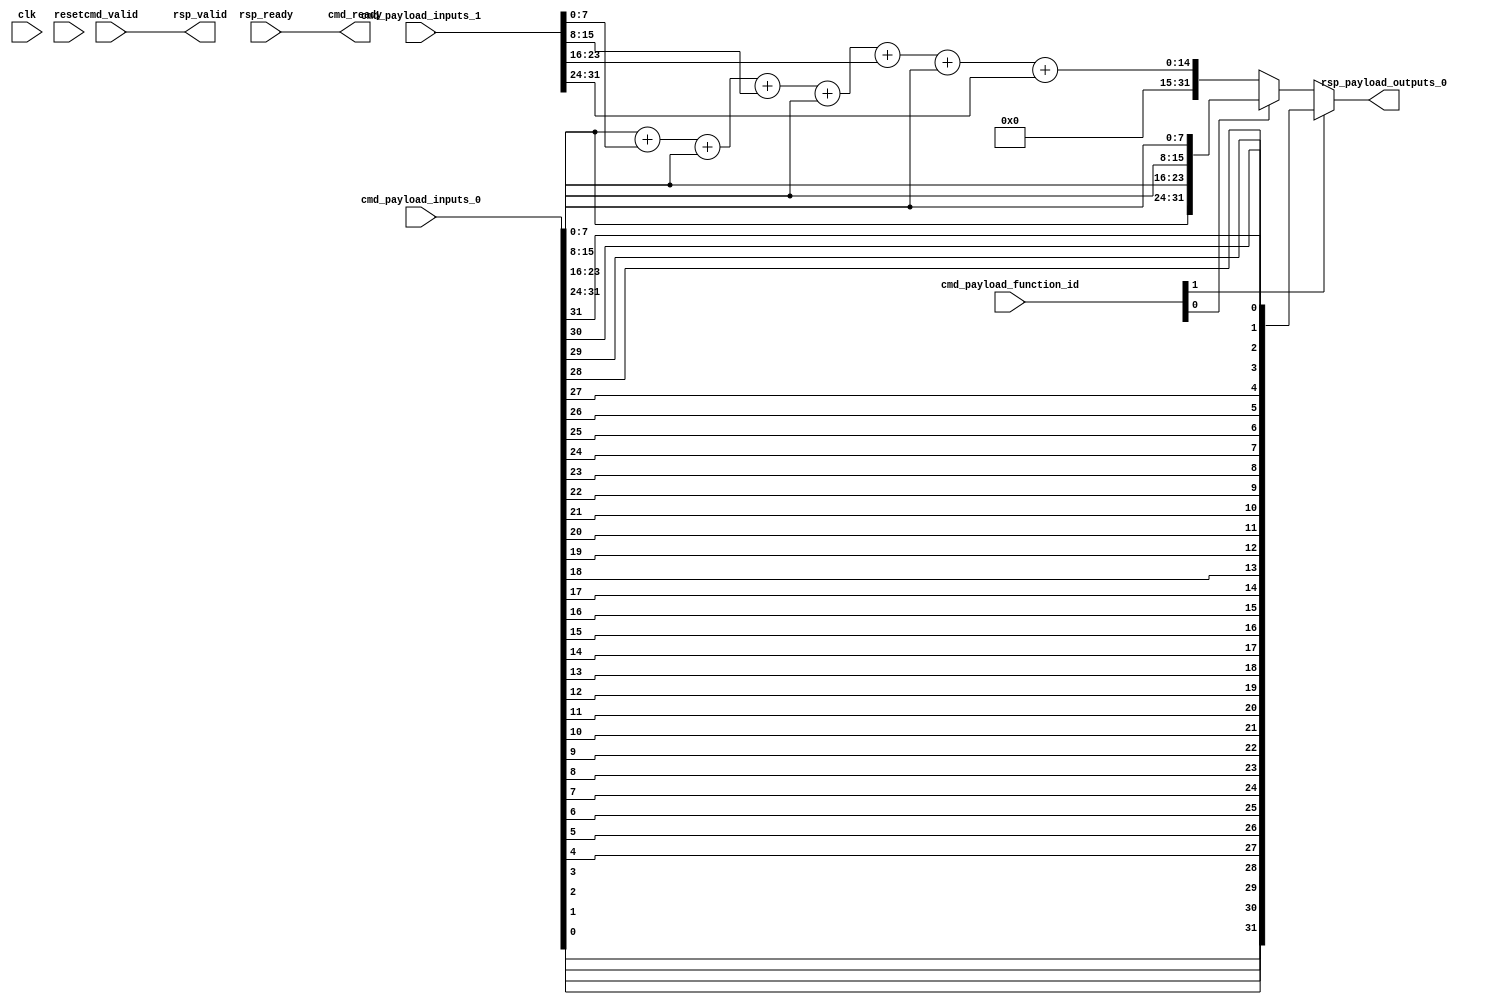
module Cfu_3 (
  input               cmd_valid,
  output              cmd_ready,
  input      [2:0]    cmd_payload_function_id,
  input      [31:0]   cmd_payload_inputs_0,
  input      [31:0]   cmd_payload_inputs_1,
  output              rsp_valid,
  input               rsp_ready,
  output     [31:0]   rsp_payload_outputs_0,
  input               clk,
  input               reset
);
  assign rsp_valid = cmd_valid;
  assign cmd_ready = rsp_ready;
  wire [31:0] cfu0;
  assign cfu0[31:0] =  cmd_payload_inputs_0[7:0]   + cmd_payload_inputs_1[7:0] +
                       cmd_payload_inputs_0[15:8]  + cmd_payload_inputs_1[15:8] +
                       cmd_payload_inputs_0[23:16] + cmd_payload_inputs_1[23:16] +
                       cmd_payload_inputs_0[31:24] + cmd_payload_inputs_1[31:24];
  wire [31:0] cfu1;
  assign cfu1[31:24] =     cmd_payload_inputs_0[7:0];
  assign cfu1[23:16] =     cmd_payload_inputs_0[15:8];
  assign cfu1[15:8] =      cmd_payload_inputs_0[23:16];
  assign cfu1[7:0] =       cmd_payload_inputs_0[31:24];
  wire [31:0] cfu2;
  genvar n;
  generate
      for (n=0; n<32; n=n+1) begin
          assign cfu2[n] =     cmd_payload_inputs_0[31-n];
      end
  endgenerate
  assign rsp_payload_outputs_0 = cmd_payload_function_id[1] ? cfu2 :
                                      ( cmd_payload_function_id[0] ? cfu1 : cfu0);
endmodule